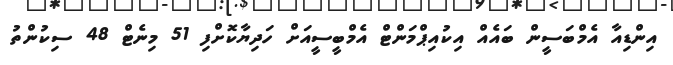
އިންޑިއާ އެމްބަސީން ބައެއް އިކުއިޕްމަންޓް އެމްބީސީއަށް ހަދިޔާކޮށްފި 51 މިނެޓް 48 ސިކުންތު